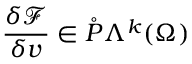
\frac { \delta \mathcal { F } } { \delta v } \in \mathring { P } \Lambda ^ { k } ( \Omega )